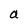
Character: a